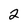
Character: 2